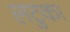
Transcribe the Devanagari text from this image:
लटुका